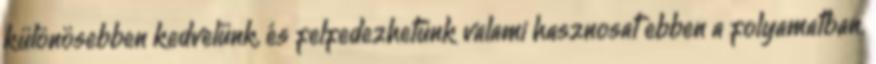
különösebben kedvelünk, és felfedezhetünk valami hasznosat ebben a folyamatban.